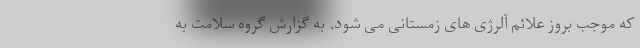
که موجب بروز علائم آلرژی های زمستانی می شود. به گزارش گروه سلامت به